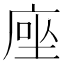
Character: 𫝶